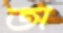
অ